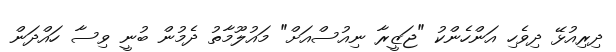
ދިރިއުޅޭ ދިވެހި އަންހެންކު "ޖަޒީރާ ނިއުސްއަށް" މައުލޫމާތު ދެމުން ބުނީ ވިސާ ހައްދަން